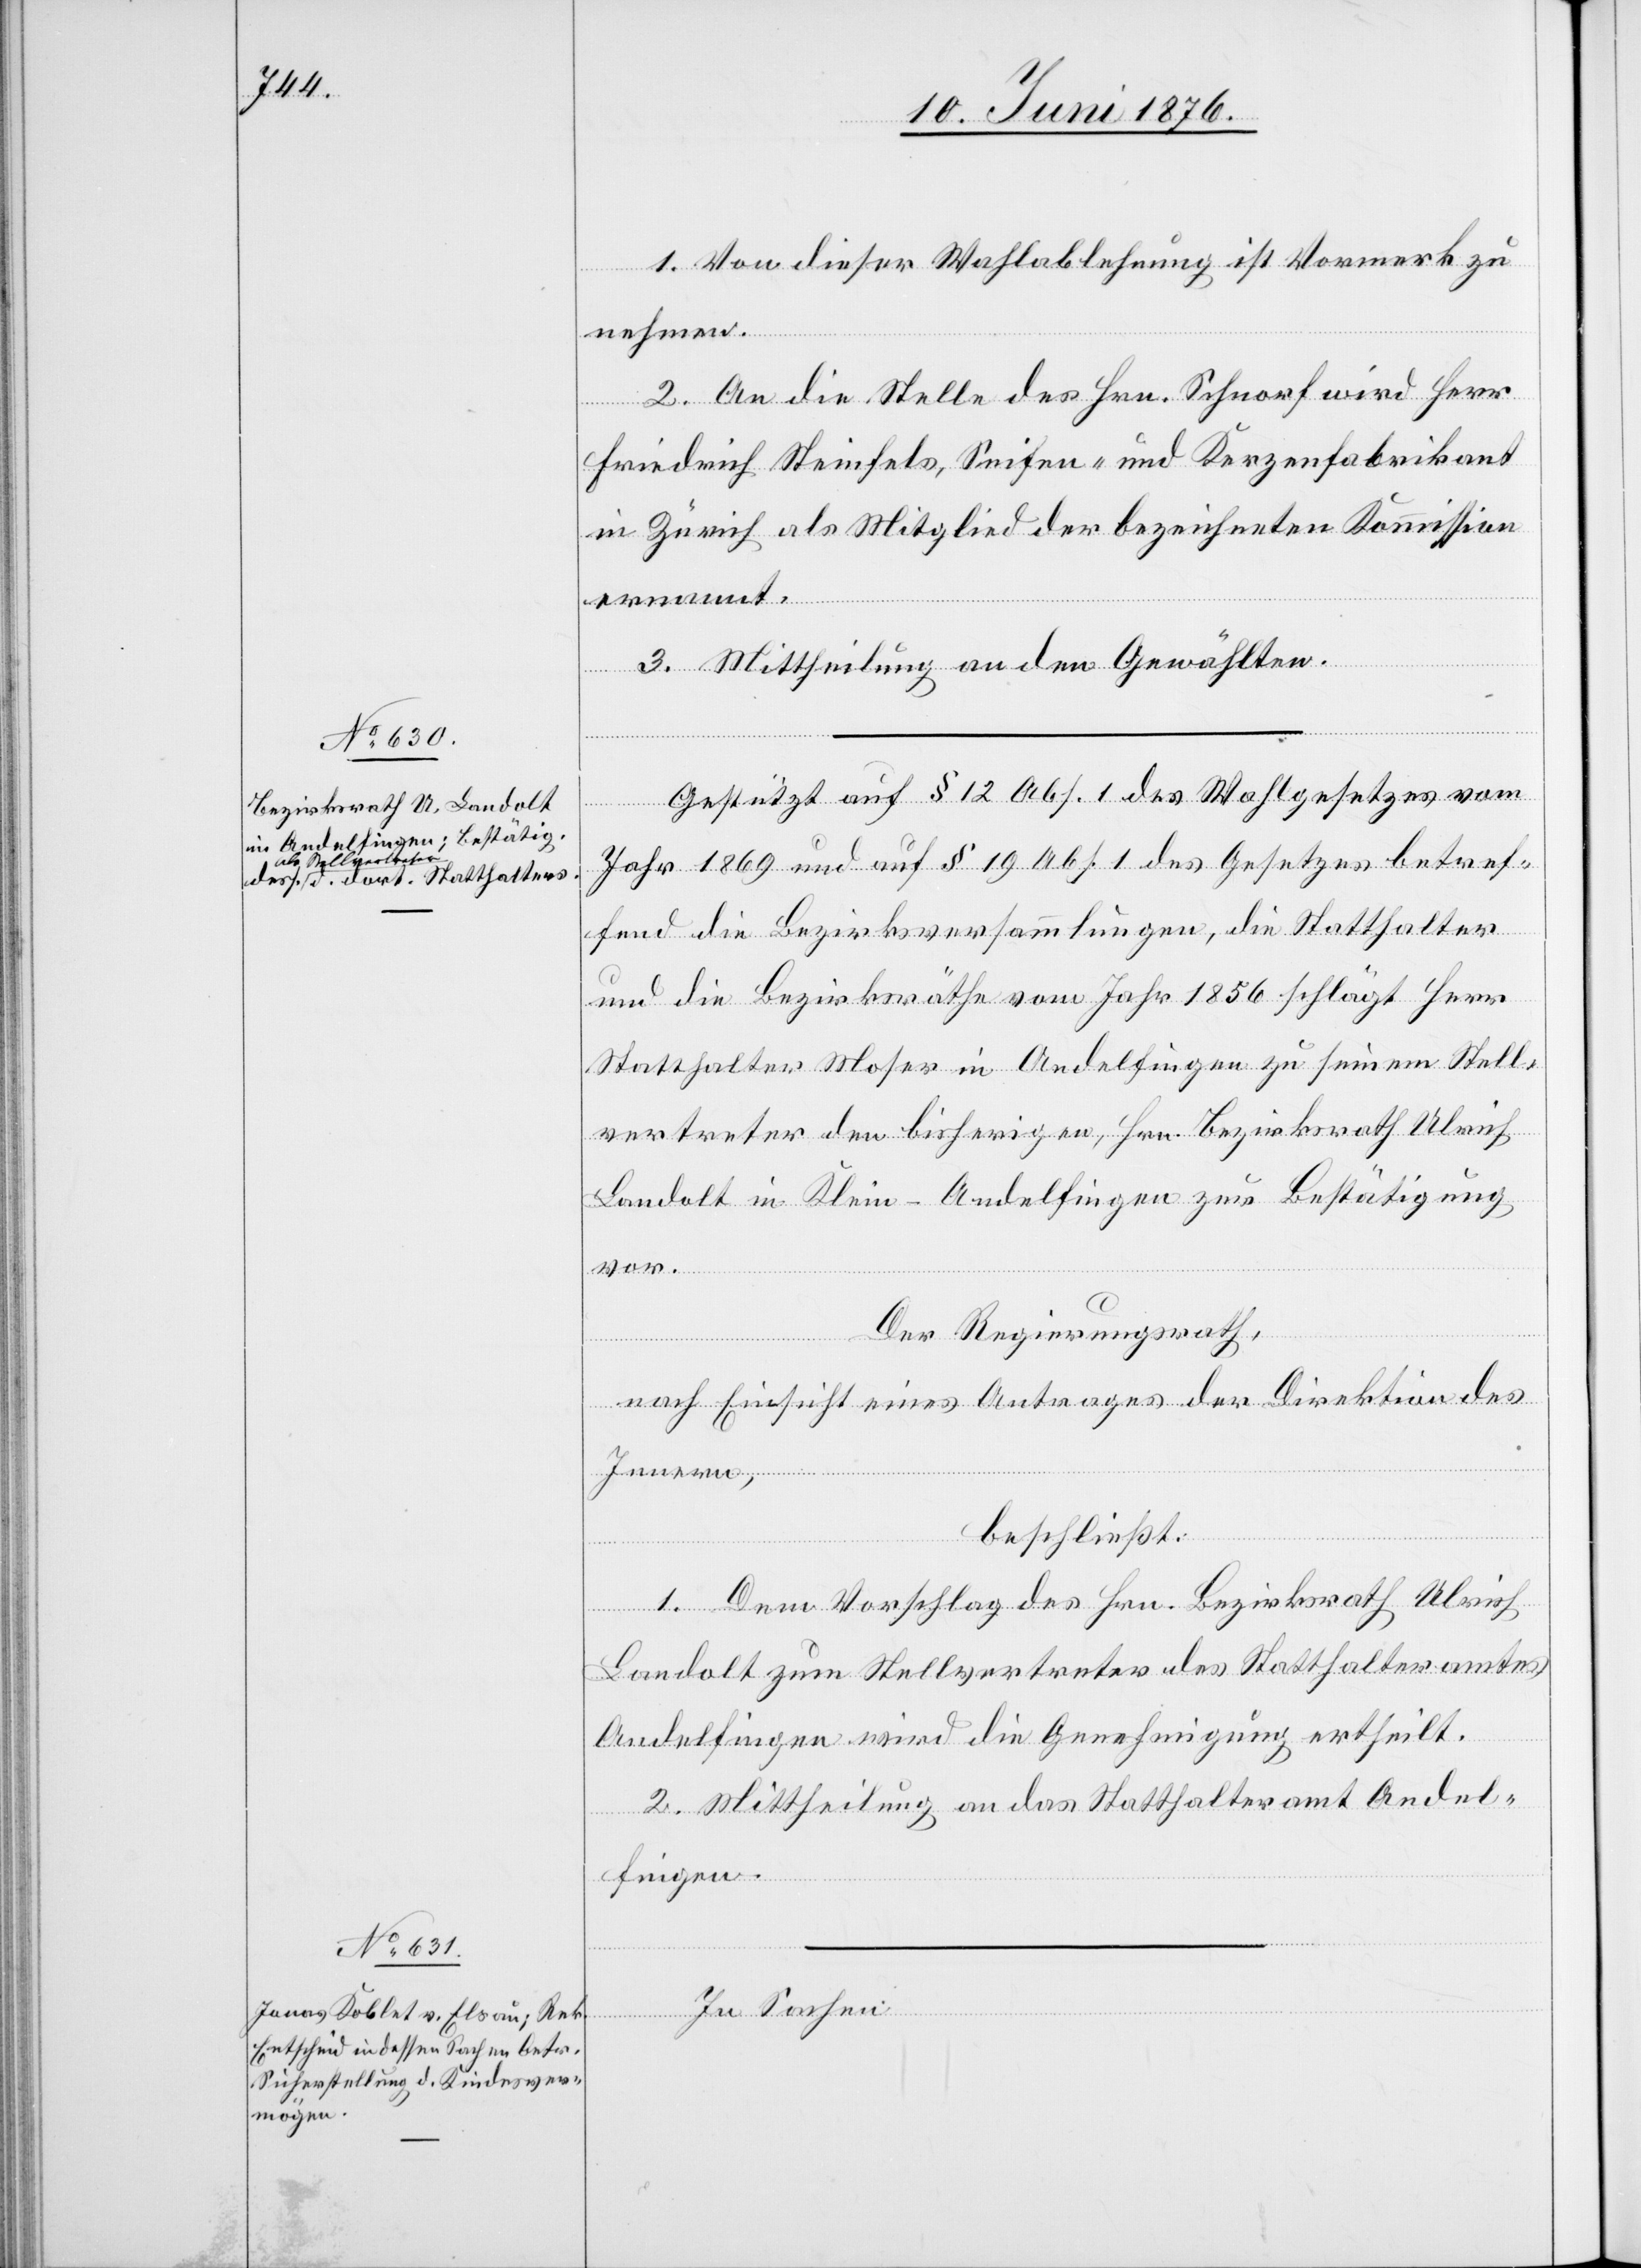
1. Von dieser Wahlablehnung ist Vormerk zu
nehmen.
2. An die Stelle des Hrn. Schnorf wird Herr
Friedrich Steinfels, Seifen- und Kerzenfabrikant
in Zürich als Mitglied der bezeichneten Kommission
ernannt.
3. Mittheilung an den Gewählten.
Gestützt auf § 12 Abs. 1 des Wahlgesetzes vom
Jahr 1869 und auf § 19 Abs. 1 des Gesetzes betref¬
fend die Bezirksversammlungen, die Statthalter
und die Bezirksräthe vom Jahr 1856 schlägt Herr
Statthalter Moser in Andelfingen zu seinem Stell¬
vertreter den bisherigen, Hrn. Bezirksrath Ulrich
Landolt in Klein-Andelfingen zur Bestätigung
vor.
Der Regierungsrath,
nach Einsicht eines Antrages der Direktion des
Innern,
beschließt:
1. Dem Vorschlag des Hrn. Bezirksrath Ulrich
Landolt zum Stellvertreter des Statthalteramtes
Andelfingen wird die Genehmigung ertheilt.
2. Mittheilung an das Statthalteramt Andel¬
fingen.
In Sachen